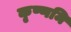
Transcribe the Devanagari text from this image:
कृष्णमि